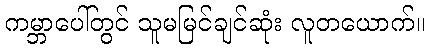
ကမ္ဘာပေါ်တွင် သူမမြင်ချင်ဆုံး လူတယောက်။